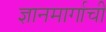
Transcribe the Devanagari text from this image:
ज्ञानमार्गाची